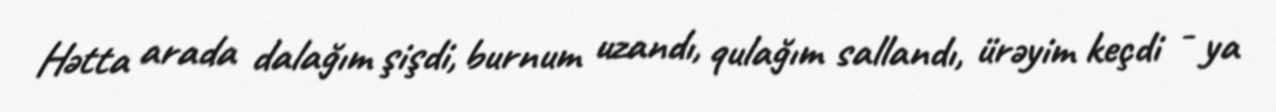
Hətta arada dalağım şişdi, burnum uzandı, qulağım sallandı, ürəyim keçdi - ya